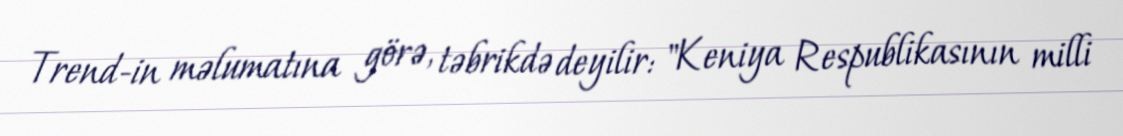
Trend-in məlumatına görə, təbrikdə deyilir: "Keniya Respublikasının milli